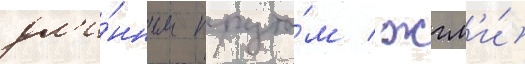
дл'и́нным пруто́м / жгл'и́